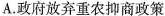
A. 政府放弃重农抑商政策